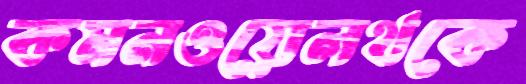
কমনওয়েলথকে